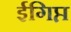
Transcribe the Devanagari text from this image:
ईगिप्त